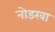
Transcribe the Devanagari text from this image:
नोडखा